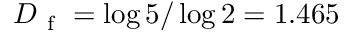
D _ { \mathrm { ~ f ~ } } = \log 5 / \log 2 = 1 . 4 6 5